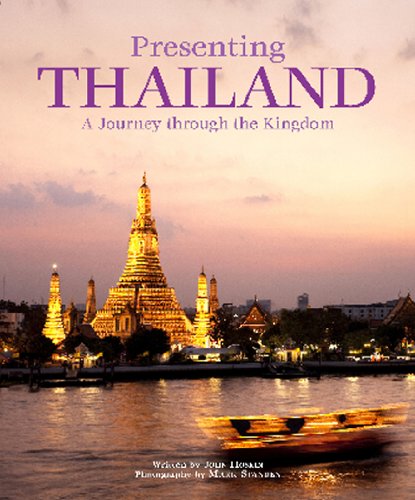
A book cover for Presenting Thailand: A Journey through the Kingdom; John Hoskin; Travel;